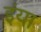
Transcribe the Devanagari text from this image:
इंया